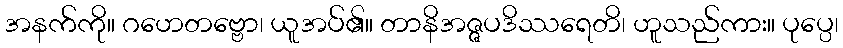
အနက်ကို။ ဂဟေတဗ္ဗော၊ ယူအပ်၏။ တာနိအဇ္ဇပဒိဿရေတိ၊ ဟူသည်ကား။ ပုပ္ပေ၊